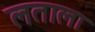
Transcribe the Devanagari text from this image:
लताला